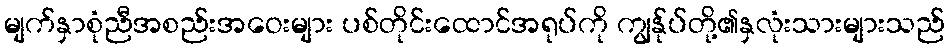
မျက်နှာစုံညီအစည်းအဝေးများ ပစ်တိုင်းထောင်အရုပ်ကို ကျွန်ုပ်တို့၏နှလုံးသားများသည်